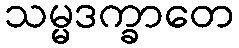
သမ္မဒက္ခာတေ